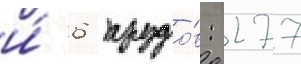
и́ 6 прудо́в: 277